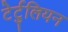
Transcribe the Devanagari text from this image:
टेर्टुलियन